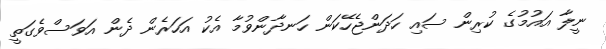
ނީލާ އައުމުގެ ކުރިން ސައި ހަދަންޖެހޭކަން ހަނދާންވުމާ އެކު އަހަރެން ދެން އަވަސްވެގަތީ